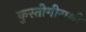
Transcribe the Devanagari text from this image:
कुस्तीगीराशी